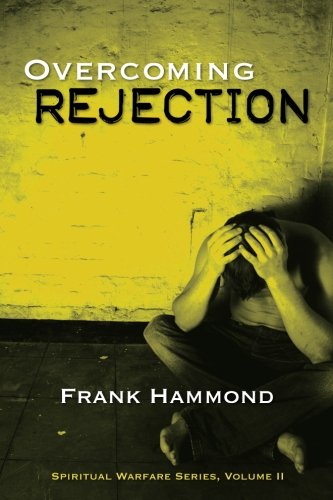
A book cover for Overcoming Rejection  (Spiritual Warfare (Impact Christian)); Frank Hammond; Christian Books & Bibles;